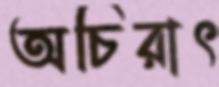
অচিরাৎ